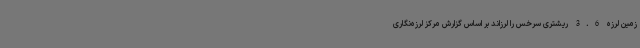
زمین لرزه‌ 3.6 ریشتری سرخس را لرزاند بر اساس گزارش مرکز لرزه‌نگاری